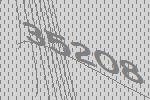
35208